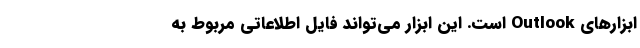
ابزارهای Outlook است. این ابزار می‌­تواند فایل اطلاعاتی مربوط به